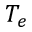
T _ { e }